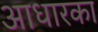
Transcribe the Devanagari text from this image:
आधारका